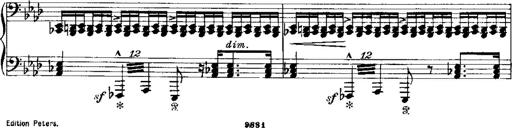
Title: Miserere du Trovatore
Composer: Franz Liszt